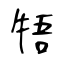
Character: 牾